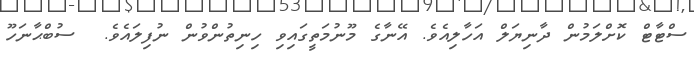
ސްޓާޓް ކޮށްލަމުން ދާނިޔަލް އަހާލިއެވެ. އޭނާގެ މޫނުމަތީގައިވި ހިނިތުންވުން ނުފިލައެވެ.  ސުބްޙާނަހޫ